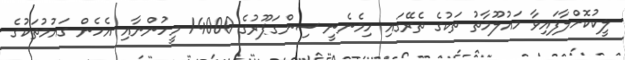
ލީކުކޮށްލާފައިވާ މައުލޫމާތު ތަކުގެ ތެރޭގައި ހިމެނެނީ ސިންގަޕޫރުގެ 14000 މީހުންނާއި އެހެން ގައުމުތަކުގެ